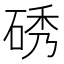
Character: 𮀞